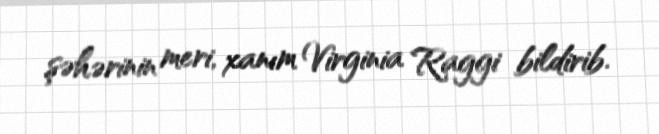
şəhərinin meri, xanım Virginia Raggi bildirib.